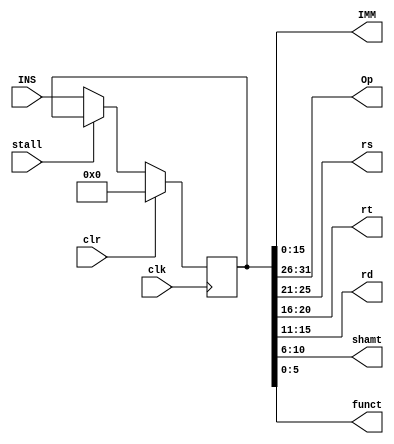
module decoder(clk, clr, stall, INS, 
               IMM, Op, rs, rt, rd, shamt, funct);

    input  clk, clr, stall;        // clr信号用来把保存的指令清空
    input  [31:0]  INS;            // 32位的指令

    output [15:0]  IMM;            // 16位立即数
    output [5:0]   Op;
    output [4:0]   rs;
    output [4:0]   rt;
    output [4:0]   rd;
    output [4:0]   shamt;
    output [5:0]   funct;

    reg [31:0] savedIns;

    always @(posedge clk) begin
        if (clr) savedIns <= 'b0;  // 如果有clr信号，保存的指令清空（如果只是阻止写入，那么原有的指令会被重复运行下去，是错误的）
        /* 全零是sll的一种指令，相当于nop，所以是安全的 */
        else if (stall) ;          // 如果stall，保存的指令不变
        else savedIns <= INS;      // 两个信号都没有，保存新的指令
    end

    assign  IMM    = savedIns[15:0];
    assign  Op     = savedIns[31:26];
    assign  rs     = savedIns[25:21];
    assign  rt     = savedIns[20:16];
    assign  rd     = savedIns[15:11];
    assign  shamt  = savedIns[10:6];
    assign  funct  = savedIns[5:0];

endmodule